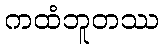
ကထံဘူတဿ